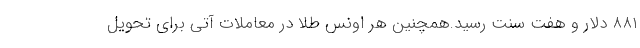
۸۸۱ دلار و هفت سنت رسید.همچنین هر اونس طلا در معاملات آتی برای تحویل